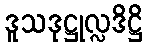
ဒူသဒုဋ္ဌုလ္လဒိဋ္ဌိ